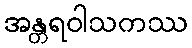
အန္တရဝါသကဿ